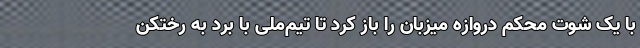
با یک شوت محکم دروازه میزبان را باز کرد تا تیم‌ملی با برد به رختکن